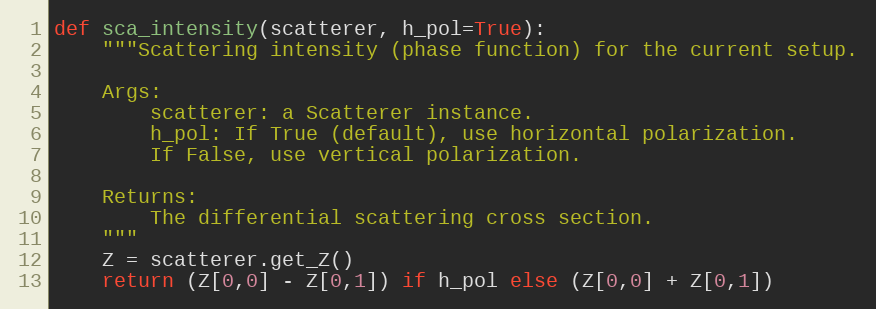
Language: Python
def sca_intensity(scatterer, h_pol=True):
    """Scattering intensity (phase function) for the current setup.

    Args:
        scatterer: a Scatterer instance.
        h_pol: If True (default), use horizontal polarization.
        If False, use vertical polarization.

    Returns:
        The differential scattering cross section.
    """
    Z = scatterer.get_Z()
    return (Z[0,0] - Z[0,1]) if h_pol else (Z[0,0] + Z[0,1])